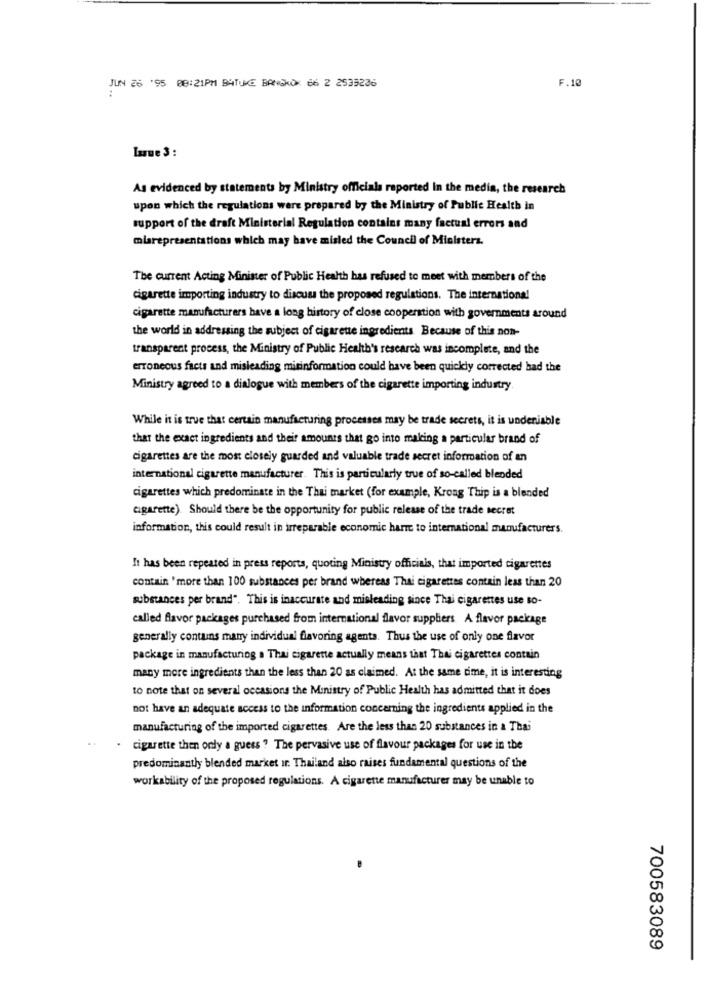
JUN 26 .95 08:21PM BATUKE BANGKOK 66 2 2535236
F.10
..
Lasue 3:
As evidenced by statements by Ministry officials reported in the media, the research
upon which the regulations were prepared by the Ministry of Public Health in
support of the draft Ministerial Regulation contains many factual errors and
miarepresentations which may have misled the Council of Ministers.
The current Acting Minister of Public Health has refused to meet with members of the
cigarette importing industry to discuss the proposed regulations. The international
cigarette manufacturers have a long history of close cooperation with governments around
the world in addressing the subject of cigarette ingredients Because of this non-
transparent process, the Ministry of Public Health's research was incomplete, and the
erroneous facts and misleading misinformation could have been quickly corrected had the
Ministry agreed to a dialogue with members of the cigarette importing industry
While it is true that certain manufacturing processes may be trade secrets, it is undeniable
that the exact ingredients and their amounts that go into making a particular brand of
cigarettes are the most closely guarded and valuable trade secret information of an
international cigarette manufacturer. This is particularly true of so-called blended
cigarettes which predominate in the Thai market (for example, Krong Thip is a blended
cigarette) Should there be the opportunity for public release of the trade secret
information, this could result in irreparable economic harr to international manufacturers.
It has been repeated in press reports, quoting Ministry officials, that imported cigarettes
contain 'more than 100 substances per brand whereas Thai cigarettes contain less than 20
substances per brand". This is inaccurate and misleading since Thai cigarettes use to-
called flavor packages purchased from international flavor suppliers A flavor package
generally contains many individual flavoring agenta. Thus the use of only one flavor
package in manufacturing a Thai cigarette actually means that Thai cigarettes contain
many more ingredients than the less than 20 as claimed. At the same time, it is interesting
to note that on several occasions the Ministry of Public Health has admitted that it does
not have an adequate access to the information concerning the ingredients applied in the
manufacturing of the imported cigarettes Are the less than 20 substances in a Thai
cigarette then only a guess ? The pervasive use of flavour packages for use in the
predominantly blended market in Thailand also raises fundamental questions of the
workability of the proposed regulations. A cigarette manufacturer may be unable to
700583089